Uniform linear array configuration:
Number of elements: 16
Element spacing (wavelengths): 0.75
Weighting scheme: uniform
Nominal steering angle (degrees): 60
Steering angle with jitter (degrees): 60.508
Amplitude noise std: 0.05
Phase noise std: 0.05

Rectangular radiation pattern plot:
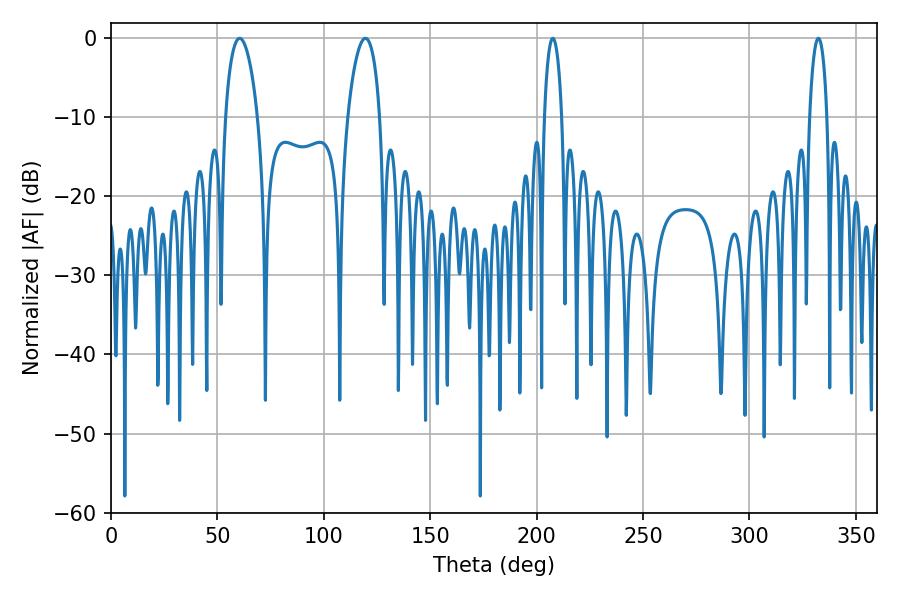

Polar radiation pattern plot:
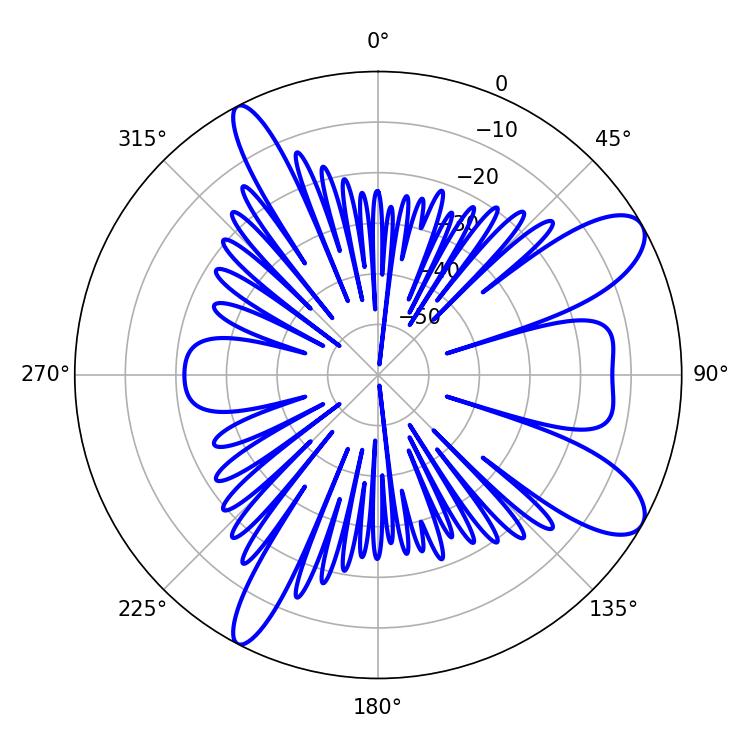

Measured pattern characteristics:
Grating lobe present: TRUE
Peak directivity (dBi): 9.744
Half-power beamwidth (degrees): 8.46
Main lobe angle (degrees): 60.48